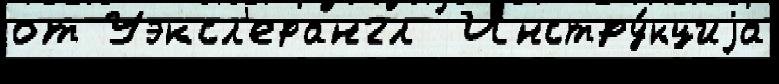
от Уэксл'ерангл  Инстру́кциjа